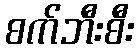
စက်ဘီးစီး